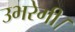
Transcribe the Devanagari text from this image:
उभरेगी।